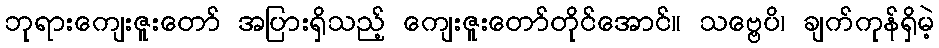
ဘုရားကျေးဇူးတော် အပြားရှိသည့် ကျေးဇူးတော်တိုင်အောင်။ သဗ္ဗေပိ၊ ချက်ကုန်ရှိမဲ့